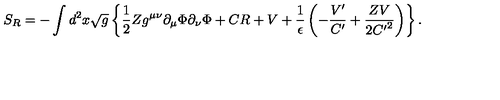
S _ { R } = - \int d ^ { 2 } x \sqrt { g } \left\{ \frac { 1 } { 2 } Z g ^ { \mu \nu } \partial _ { \mu } \Phi \partial _ { \nu } \Phi + C R + V + \frac { 1 } { \epsilon } \left( - \frac { V ^ { \prime } } { C ^ { \prime } } + \frac { Z V } { 2 { C ^ { \prime } } ^ { 2 } } \right) \right\} .